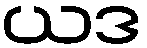
ယဒ